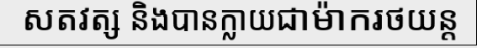
សតវត្ស និងបានក្លាយជាម៉ាករថយន្ត